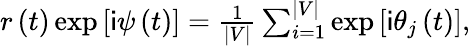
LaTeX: \begin{array}{r}{r\left(t\right)\exp\left[\mathsf{i}\psi\left(t\right)\right]=\frac{1}{\vert V\vert}\sum_{i=1}^{\vert V\vert}\exp\left[\mathsf{i}\theta_{j}\left(t\right)\right],}\end{array}